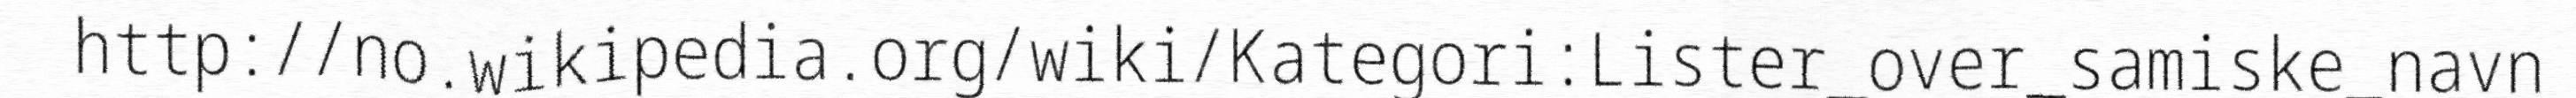
http://no.wikipedia.org/wiki/Kategori:Lister_over_samiske_navn